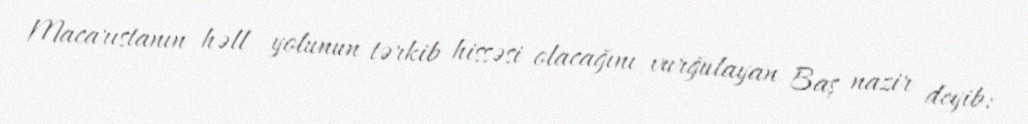
Macarıstanın həll yolunun tərkib hissəsi olacağını vurğulayan Baş nazir deyib: